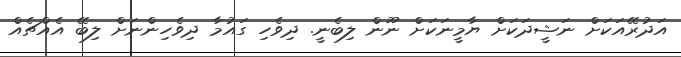
އަދުރޭއަކަށް ނަޝީދަކަށް ޔާމީނަކަށް ނޫން ލިބެނީ. ދިވެހި ގައުމާ ދިވެހިންނަށް ލިބޭ އެއްޗެއް